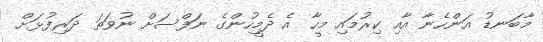
މާބަނޑު އަންހެނާ އާއި ކިރުމައި މީހާ އެ ދެމީހުންގެ ނަފްސަށް ނުވަތަ ދަރިފުޅަށް